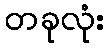
တခုလုံး